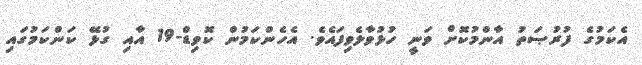
އެކަމުގެ ފުރުޞަތު އާންމުކޮށް ވަނީ ހުޅުވާލެވިފައެވެ. އެހެންކަމުން ކޮވިޑް-19 އާއި ގުޅޭ ކަންކަމުގައި